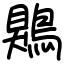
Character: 鶪